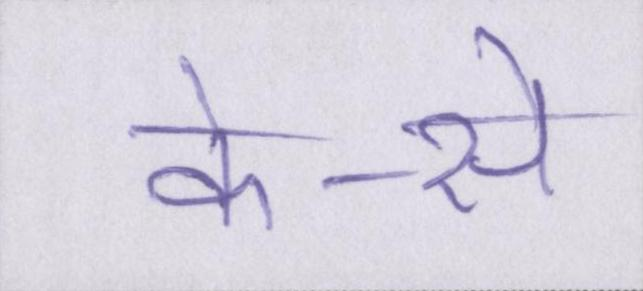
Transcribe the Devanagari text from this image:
के-से